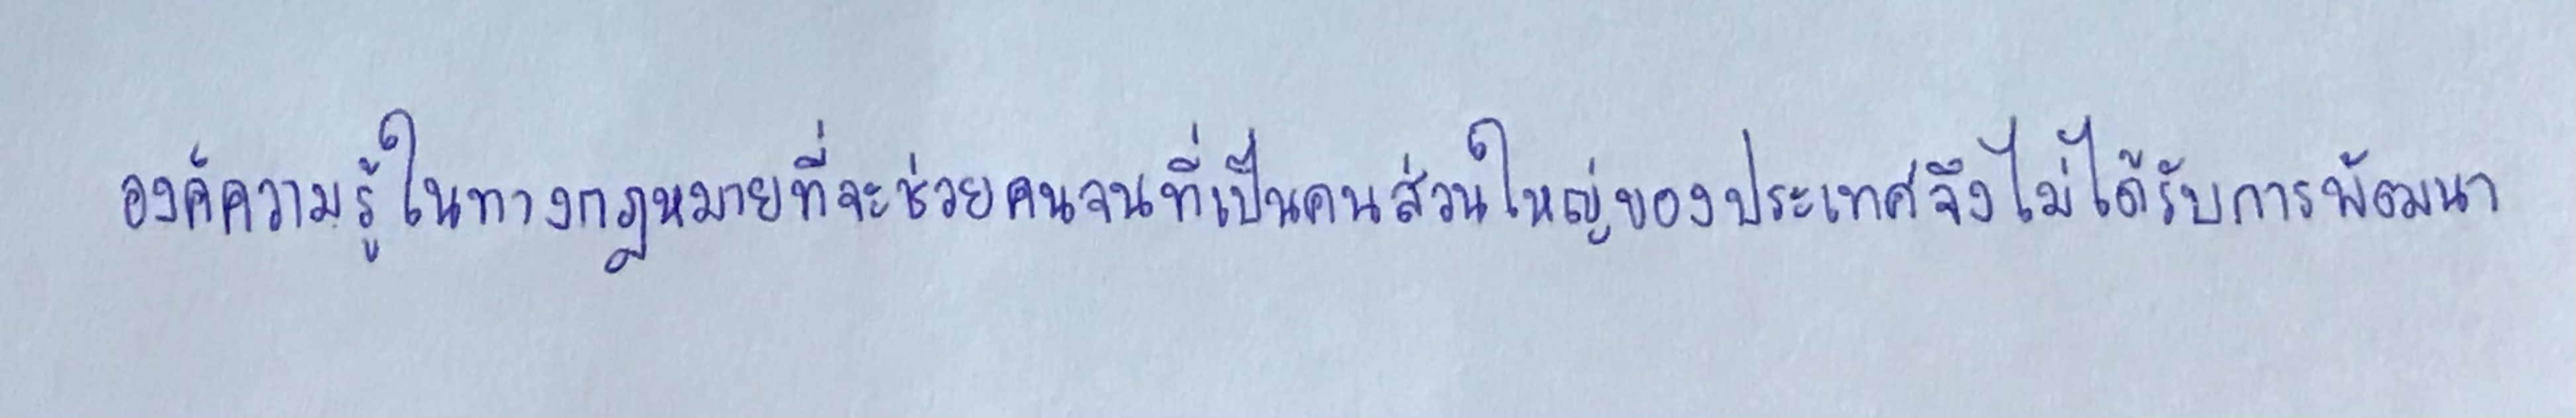
องค์ความรู้ในทางกฎหมายที่จะช่วยคนจนที่เป็นคนส่วนใหญ่ของประเทศจึงไม่ได้รับการพัฒนา